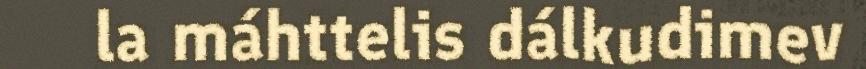
la máhttelis dálkudimev